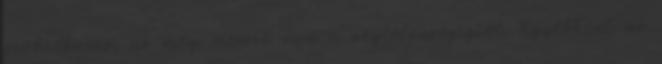
próbálkozás, az még messze van a végtelenségigtől. Egyébként az